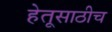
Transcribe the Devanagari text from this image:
हेतूसाठीच